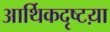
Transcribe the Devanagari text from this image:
आर्थिकदृष्टय़ा